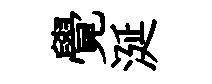
覺涎